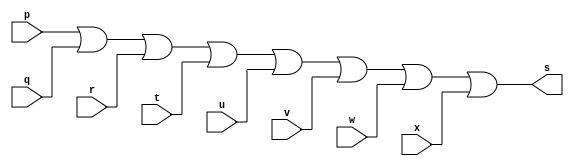
// ------------------------- 
// ExercicioExtra2 - OR
// Nome: Rodrigo Arruda de Assis 
// ------------------------- 


// ------------------------- 
// -- or gate 
// ------------------------- 
	module orgate ( output s, input p, input q, input r, input t, input u, input v, input w, input x); 
	
	or or1(s,p,q,r,t,u,v,w,x);
	
	endmodule // orgate 

// --------------------- 
// -- test or gate 
// --------------------- 
	module testorgate; 

// ------------------------- dados locais 
	reg  a,b,c,d,e,f,g,h; // definir registradores 
	wire s; // definir conexao (fio) 

// ------------------------- instancia 
	orgate OR1 (s, a, b, c, d, e, f, g, h); 

// ------------------------- preparacao 
	initial begin:start 
// atribuicao simultanea 
// dos valores iniciais 
	a=0;b=0;c=0;d=0;e=0;f=0;g=0;h=0; 
end 

// ------------------------- parte principal 
	initial begin 
	$display("ExercicioExtra2 - Rodrigo Arruda de Assis - 427460"); 
	$display("Test OR gate"); 
	 
	a=1;b=0;c=0;d=0;e=0;f=0;g=0;h=0; 
	 #1 $display("%b  %b  %b  %b  %b  %b  %b  %b = %b", a, b, c, d, e, f, g, h, s); 
		
		 
end 
endmodule // testorgate